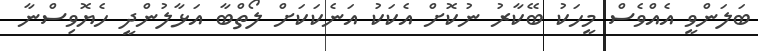
ބަލަންވީ އެއްވެސް މީހަކު ބޭކާރު ނުކޮށް އެކަކު އަނެކަކަށް ލޯތްބާ އަޅާލުންދީ ހެޔޮވިސްނާ